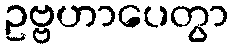
ဥဗ္ဗဟာပေတွာ